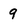
Character: 9